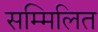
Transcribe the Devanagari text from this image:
सम्‍मिलित